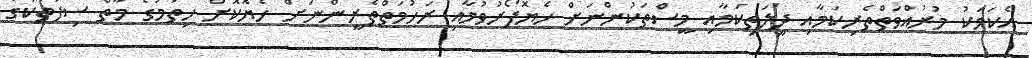
އެކަމަކު މުރުއްވަތްތެރިކަމާއި ދީލަތިކަމާއި މީސްތަކުންނަށް ހެޔޮފޯރުވުމާއި ރަހުމަތްތެރީންނަށް ހެޔޮކޮށް ހިތުމުގެ މާތް ސިފަތަކުގެ